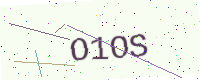
Text: O1OS